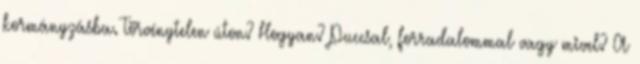
kormányzásba. Törvénytelen úton? Hogyan? Puccsal, forradalommal vagy mivel? A